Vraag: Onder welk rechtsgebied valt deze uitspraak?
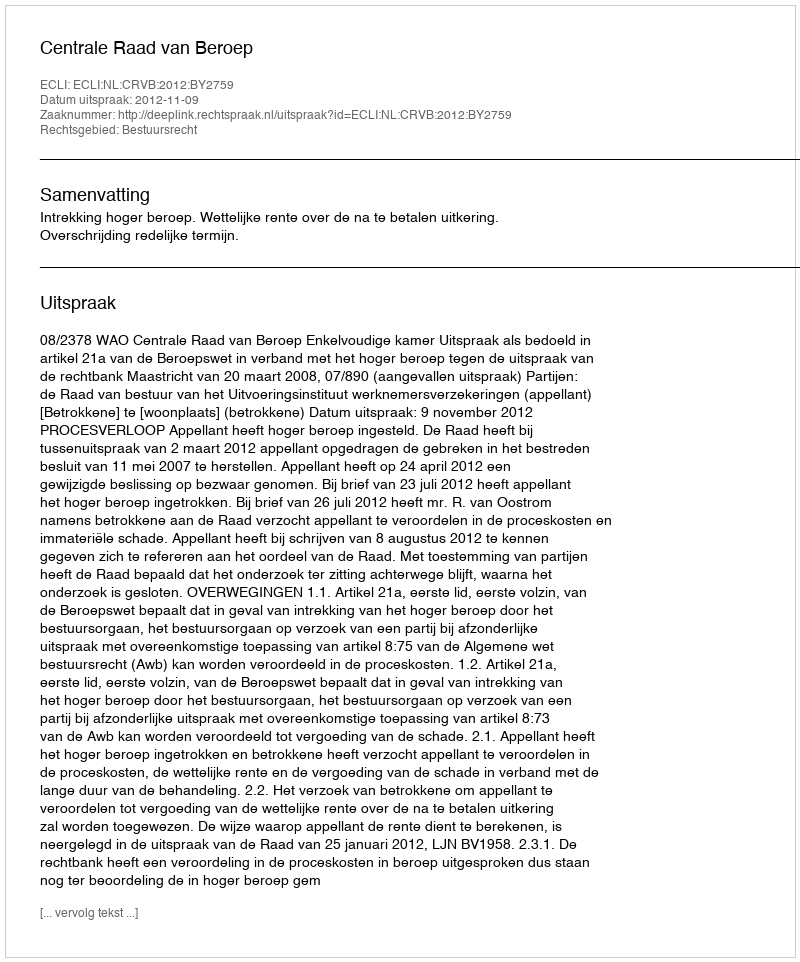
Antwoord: Bestuursrecht